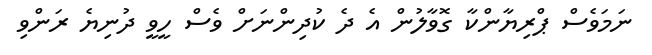
ނަމަވެސް ޕްރިޔާންކާ ގޮވާލުން އެ ދެ ކުދިންނަށް ވެސް ހީވީ ދުނިޔެ ރަންވި